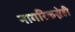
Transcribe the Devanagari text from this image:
नागरिकस्नेही